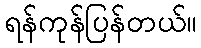
ရန်ကုန်ပြန်တယ်။